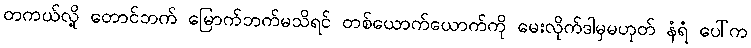
တကယ်လို့ တောင်ဘက် မြောက်ဘက်မသိရင် တစ်ယောက်ယောက်ကို မေးလိုက်ဒါမှမဟုတ် နံရံ ပေါ်က